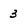
Character: 3